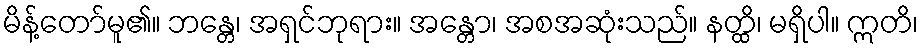
မိန့်တော်မူ၏။ ဘန္တေ၊ အရှင်ဘုရား။ အန္တော၊ အစအဆုံးသည်။ နတ္ထိ၊ မရှိပါ။ ဣတိ၊